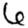
Digit: 6